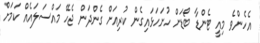
އެހެންވެ މިއީ ޓެންޑާ ބޯޑަށް ހުށަހަޅައިގެން ކުރިއަށް ގެންދަން ޖެހޭ މައްސަލައެއް ކަމަށް